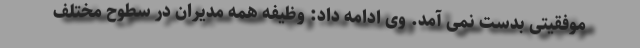
موفقیتی بدست نمی آمد. وی ادامه داد: وظیفه همه مدیران در سطوح مختلف